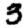
Digit: 3